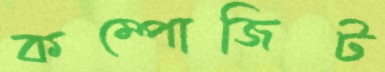
কম্পোজিট